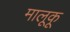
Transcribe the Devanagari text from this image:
मालूकू